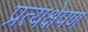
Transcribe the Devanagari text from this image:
प्रत्यक्षेपण